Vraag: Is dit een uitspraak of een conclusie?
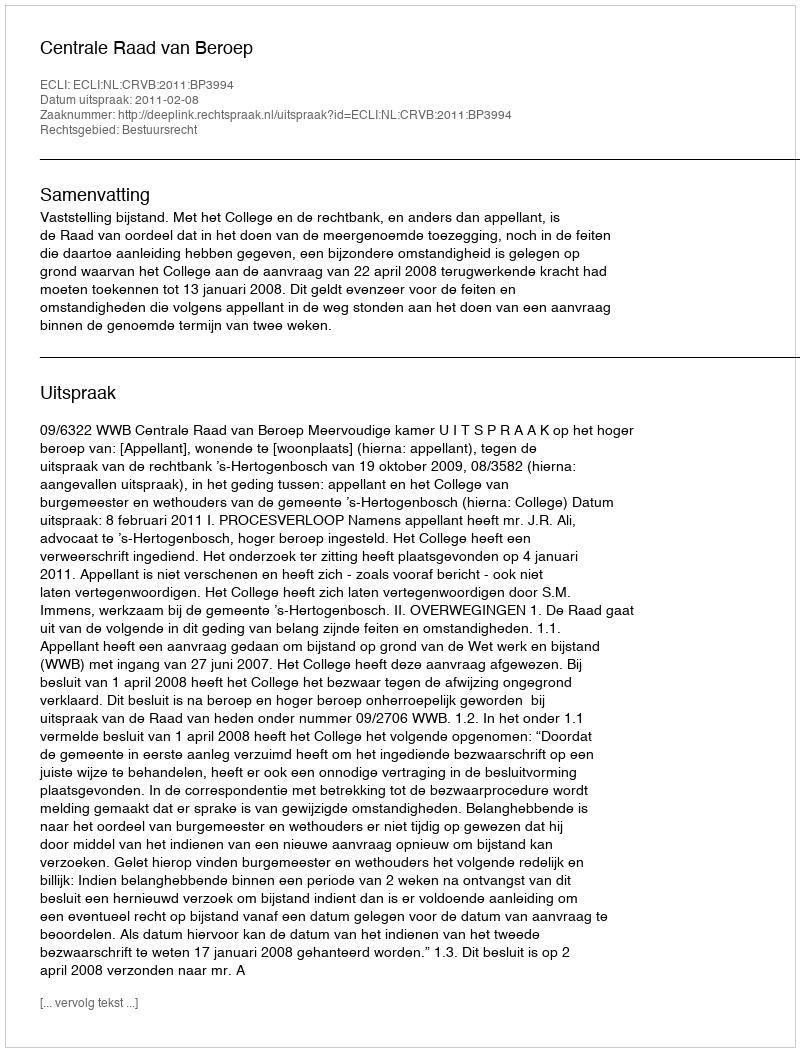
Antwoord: Uitspraak